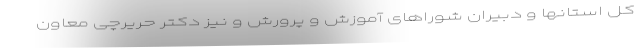
کل استانها و دبیران شوراهای آموزش و پرورش و نیز دکتر حریرچی معاون